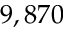
9 , 8 7 0